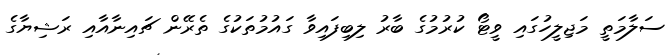
ސަލާމަތީ މަޖިލީހުގައި ވީޓޯ ކުރުމުގެ ބާރު ލިބިފައިވާ ގައުމުތަކުގެ ތެރޭން ޗައިނާއާއި ރަޝިޔާގެ